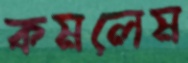
কমলেম